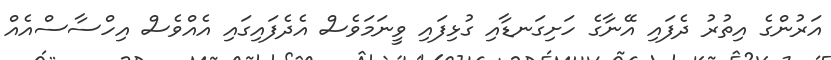
އަރުންގެ އިތުރު ދެފައި އޭނާގެ ހަށިގަނޑާއި ގުޅިފައި ވީނަމަވެސް އެދެފައިގައި އެއްވެސް އިހްސާސްއެއް